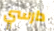
دارسي